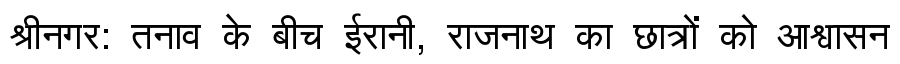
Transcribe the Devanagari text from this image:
श्रीनगर: तनाव के बीच ईरानी, राजनाथ का छात्रों को आश्वासन